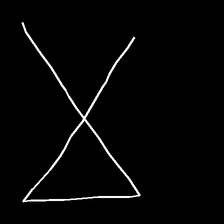
Glyph: collection